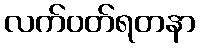
လက်ဝတ်ရတနာ